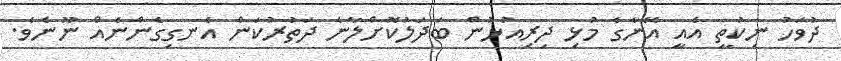
ދުވަހު ނިކުތީ އެއީ އޭނާގެ މުޅި ދިރިއުޅުން ބަދަލުކޮށްލާނެ ދަތުރުކަން އެނގިގެންނެއް ނޫނެވެ.